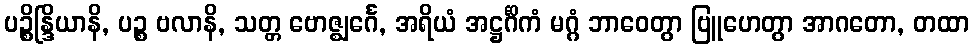
ပဉ္စိန္ဒြိယာနိ, ပဉ္စ ဗလာနိ, သတ္တ ဗောဇ္ဈင်္ဂေ, အရိယံ အဋ္ဌင်္ဂိကံ မဂ္ဂံ ဘာဝေတွာ ဗြူဟေတွာ အာဂတော, တထာ